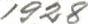
1928